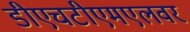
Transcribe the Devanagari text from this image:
डीएचटीएमएलवर